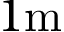
1 \mathrm { m }